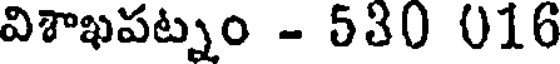
విశాఖపట్నం - 530 016